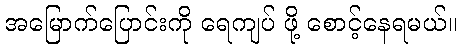
အမြောက်ပြောင်းကို ရေကျပ် ဖို့ စောင့်နေရမယ်။